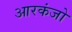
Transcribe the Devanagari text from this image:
आरकंजो